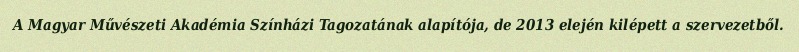
A Magyar Művészeti Akadémia Színházi Tagozatának alapítója, de 2013 elején kilépett a szervezetből.